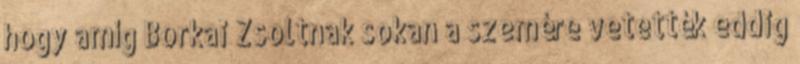
hogy amíg Borkai Zsoltnak sokan a szemére vetették eddig